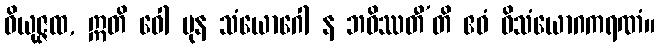
ဝိယုဇ္ဇထ, ဣတိ ဝေါ ပုန သံယောဂေါ န ဘဝိဿတီ’တိ ဧဝံ ဝိသံယောဂကရဏံ။